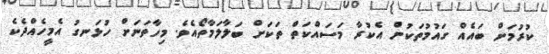
ކުރުމަށް ބައެއް ގައުމުތަކުން އެކުރާ މަސައްކަތް ތަކަށް ބަލާލަމާތޯއެވެ. މިހާތަނަށް ހުޅަނގު އެމީހެއްދެކެ